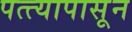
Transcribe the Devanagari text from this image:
पत्त्यापासून